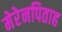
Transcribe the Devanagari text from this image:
मेरेनपिताह